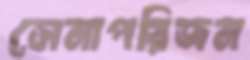
সেনাপরিজন